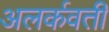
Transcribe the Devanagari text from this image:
अलर्कवती